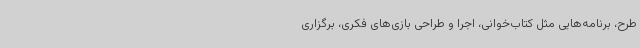
طرح، برنامه‌هایی مثل کتاب‌خوانی، اجرا و طراحی بازی‌های فکری، برگزاری